kultuurilooline_kollektsioon, lk 2
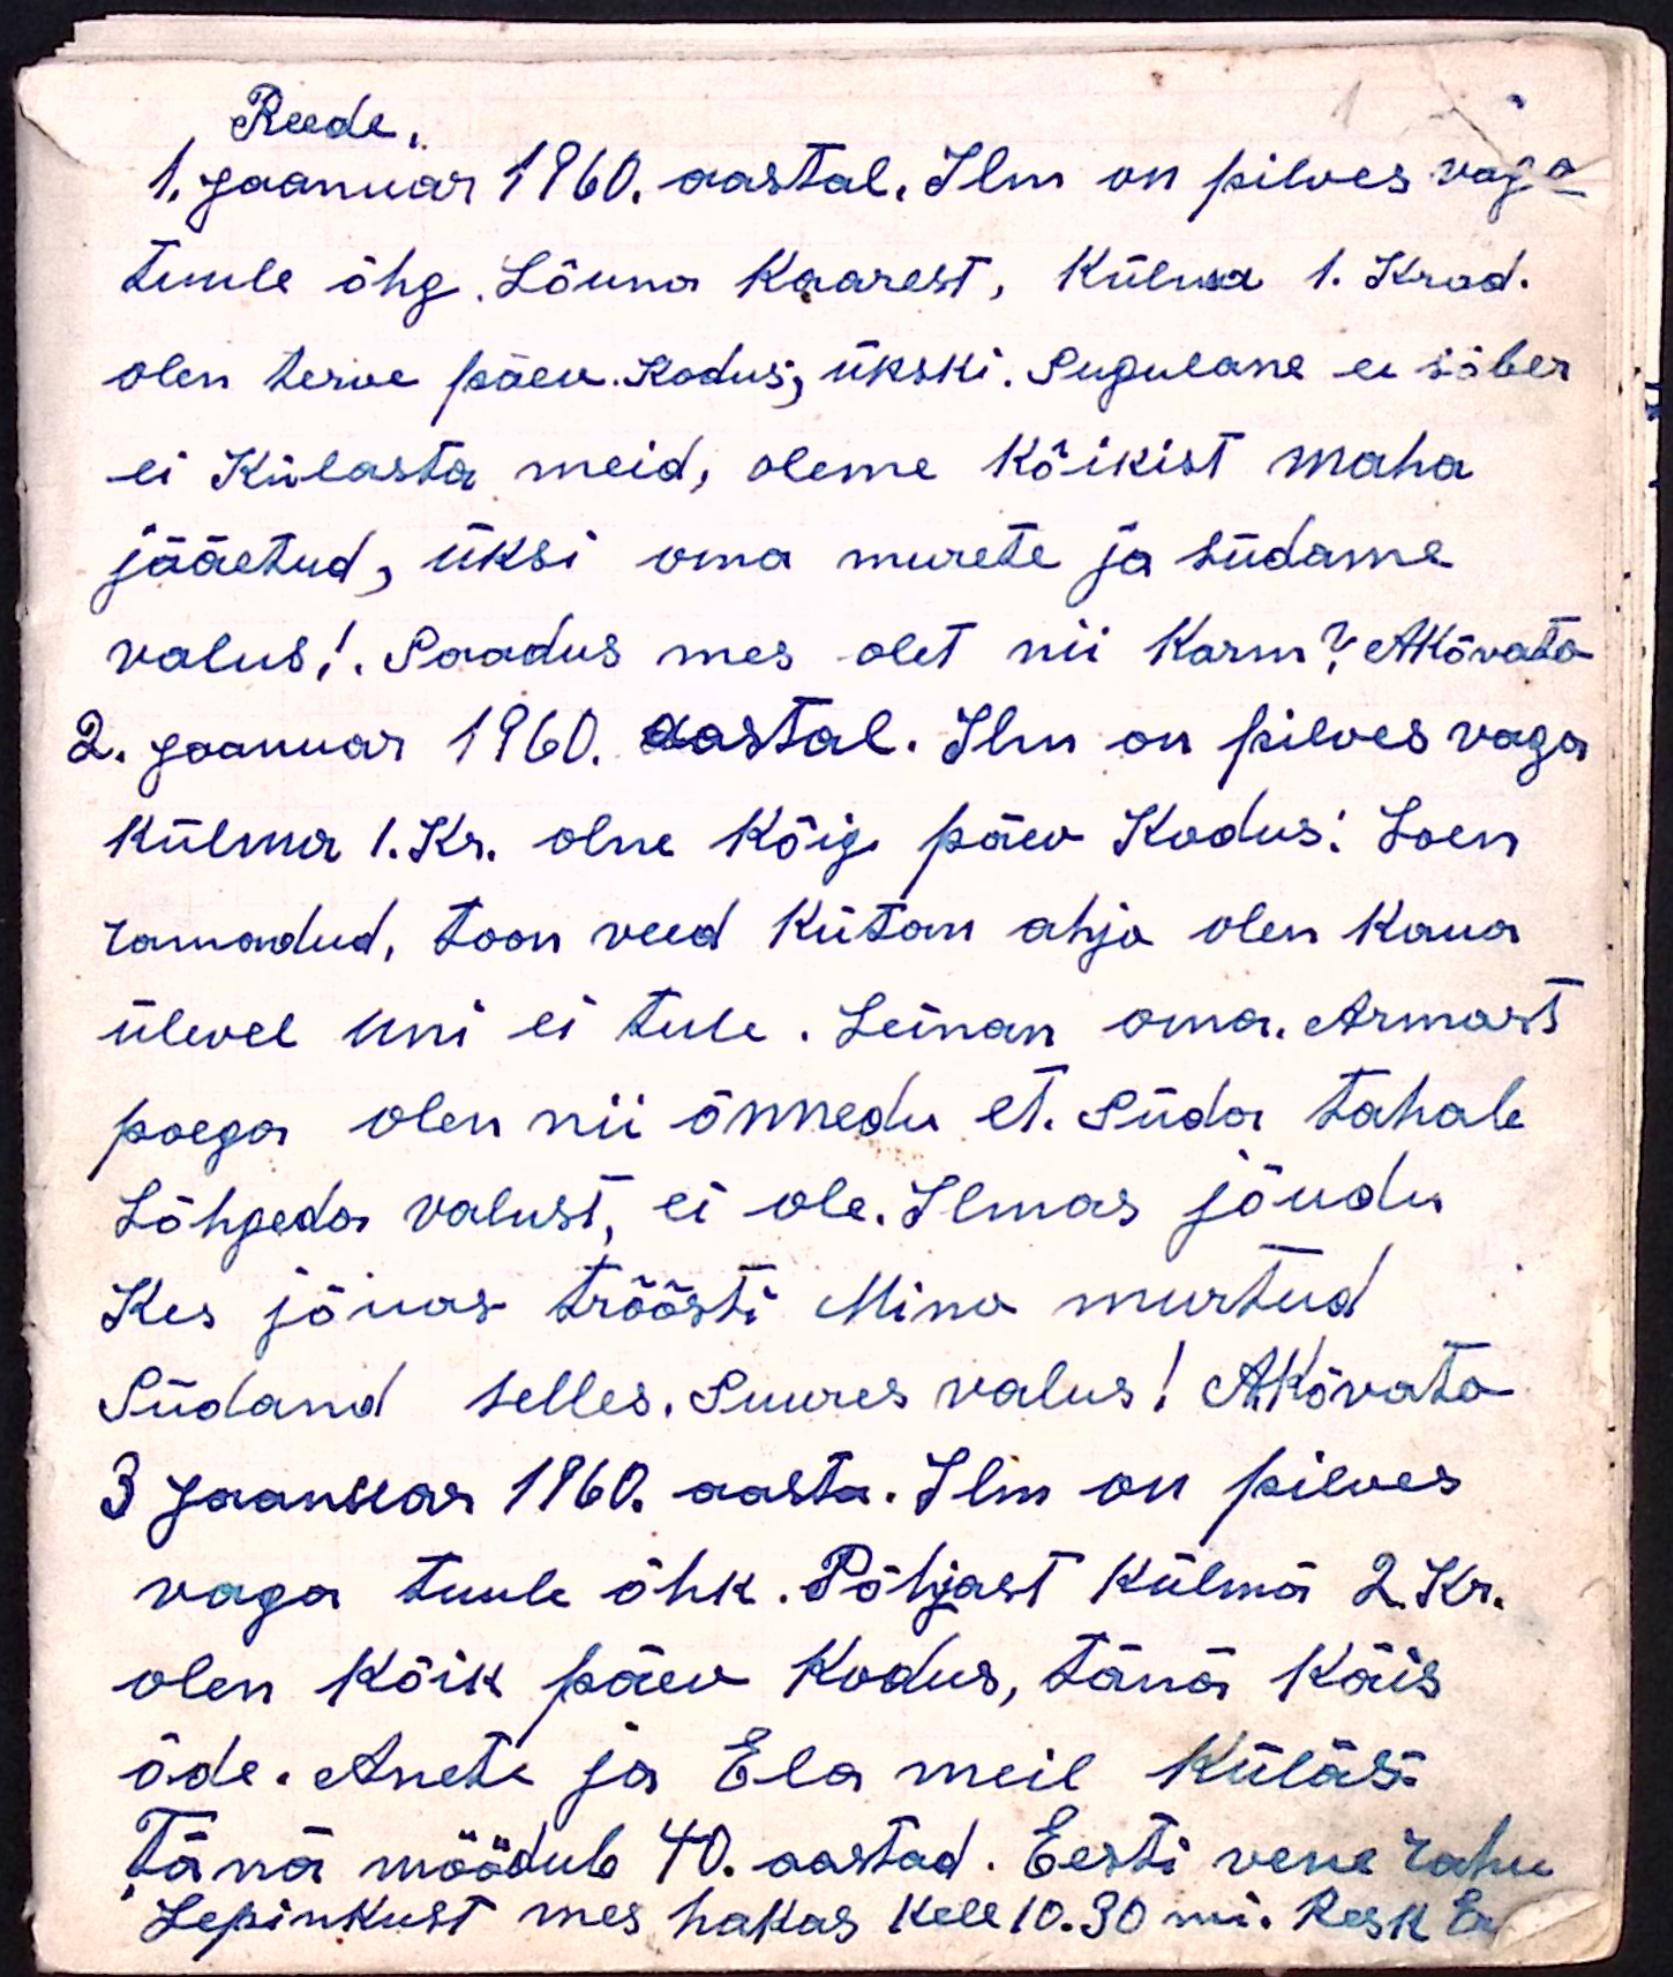
Reede.
1. Jaanuar 1960. aastal. Ilm on pilves vaga
tuule õhg. Lõuna Kaarest, Külma 1. Krad.
olen terve päev. Kodus, ükski. Sugulane ei sõber
ei Külasta meid, oleme kõikist maha
jääetud, üksi oma murete ja südame
valus! Saadus mes olet nii Karm? AKõvato
2. Jaanuar 1960. aastal. Ilm on pilves vaga
külma 1. Kr. olne kõige päev Kodus! Loen
ramadud, toon veed kütan ahjo olen kaua
ülevel uni ei tule. Leinan oma. Armast
poega olen nii õnnedu, et. Süda tahab
Lõhgeda valust, ei ole. Ilmas jõudu
Kes jõuas tröösti Mino murtud
Südand selles. Suures valus! AKõvato
3 Jaanuar 1960. aasta. Ilm on pilves
vaga tuule õhk. Põhjast külma 2. Kr.
olen kõik päev kodus, tänä käis
õde. Anete ja Ela meil Küläs.
Tänä möödub 40. aastad. Eesti vene rahu
Lepinkust mes hakas kell 10.30 mi. Kesk Eel-